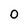
Character: O